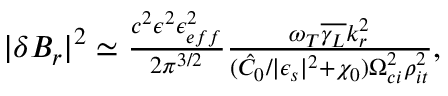
\begin{array} { r } { \lvert \delta B _ { r } \rvert ^ { 2 } \simeq \frac { c ^ { 2 } \epsilon ^ { 2 } \epsilon _ { e f f } ^ { 2 } } { 2 \pi ^ { 3 / 2 } } \frac { \omega _ { T } \overline { { \gamma _ { L } } } k _ { r } ^ { 2 } } { ( \hat { C } _ { 0 } / \lvert \epsilon _ { s } \rvert ^ { 2 } + \chi _ { 0 } ) \Omega _ { c i } ^ { 2 } \rho _ { i t } ^ { 2 } } , } \end{array}